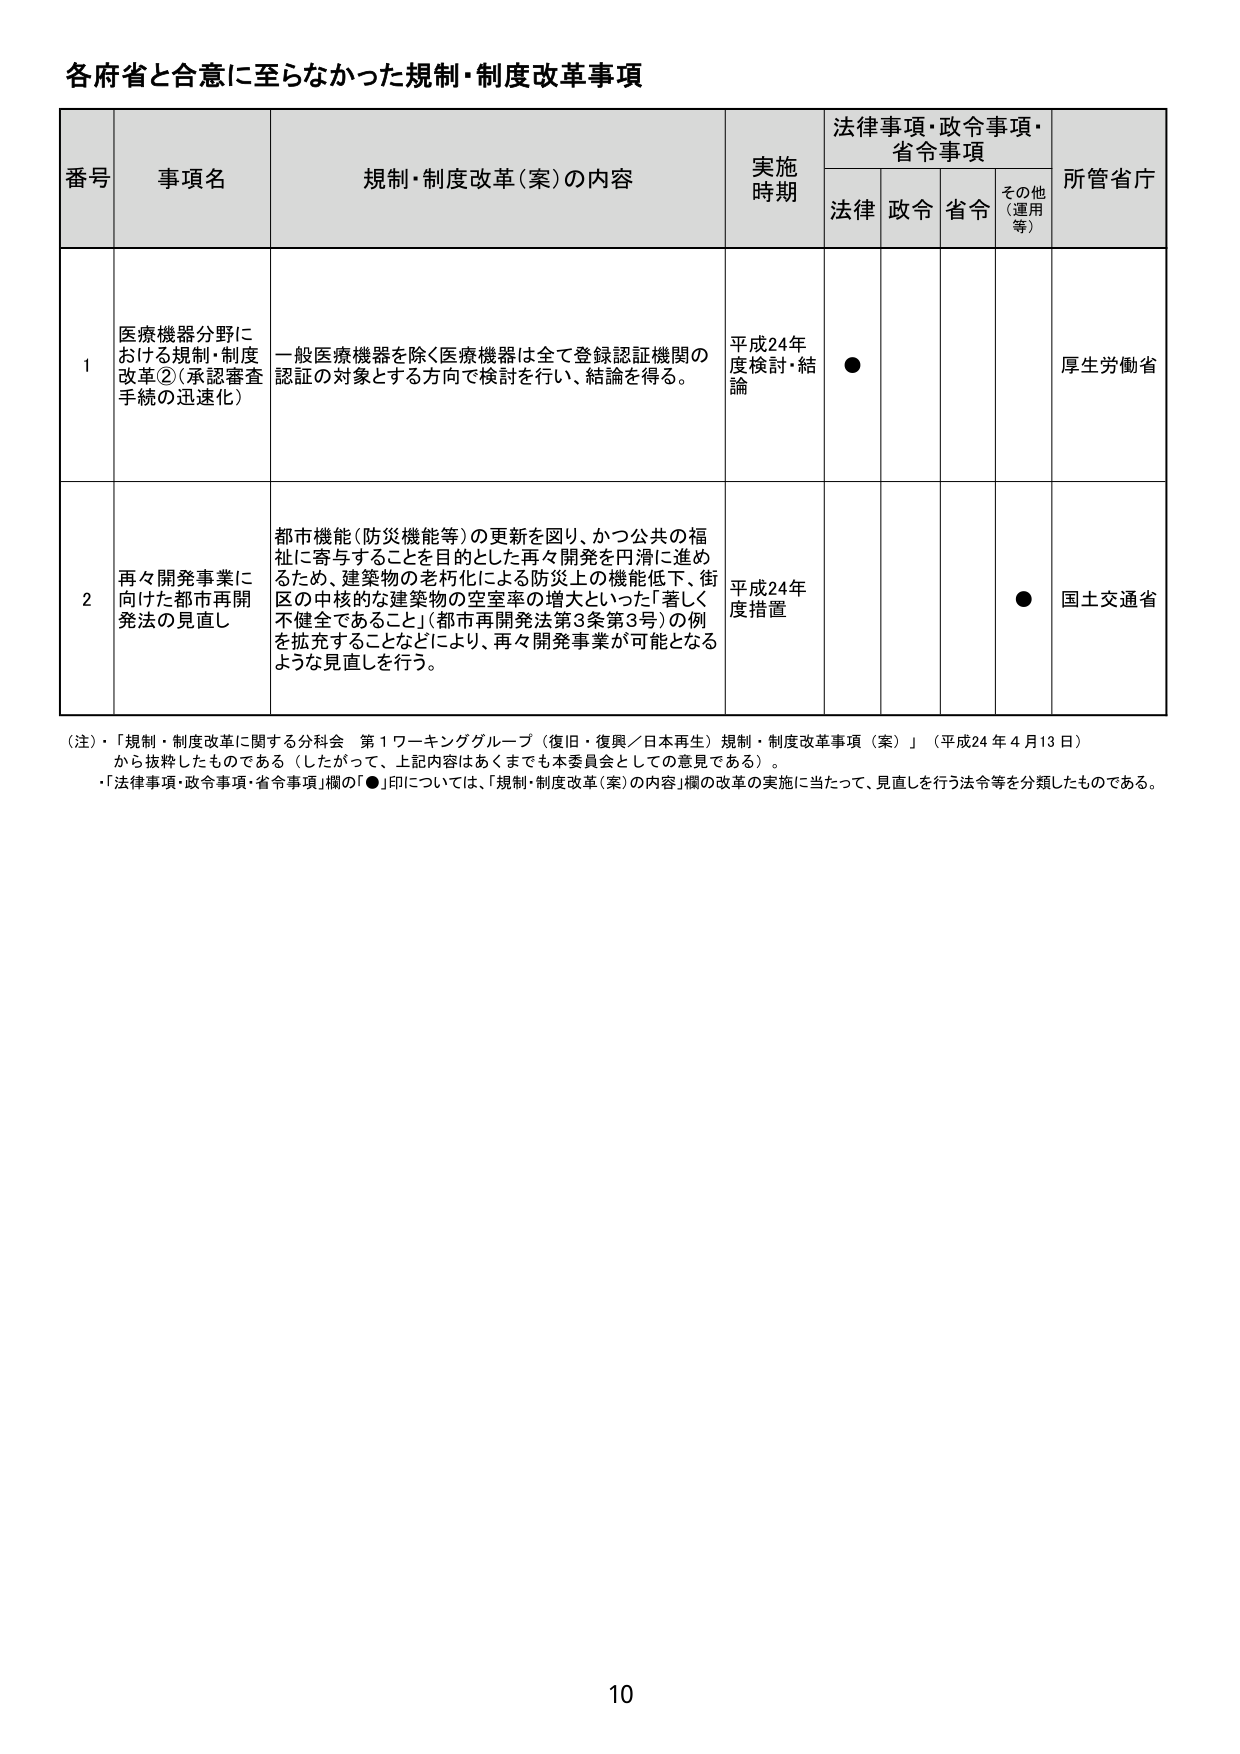
各府省と合意に至らなかった規制・制度改革事項

番号 事項名 規制・制度改革（案）の内容 実施時期 法律事項・政令事項・省令事項 所管省庁